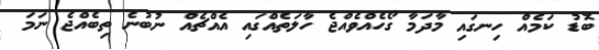
ބޮޑު ކަމެއް ހިނގައި މާދަމާ ގޯހެއްވެއްޖެ ހާލަތެއްގައި އެއްޗެއް ނުބުނެ ތިބެއްޖެ ނަމަ